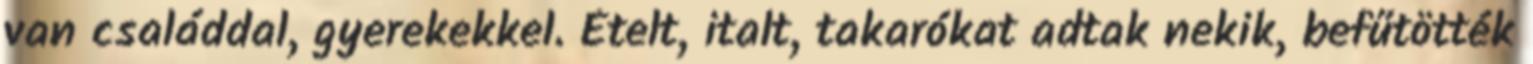
van családdal, gyerekekkel. Ételt, italt, takarókat adtak nekik, befűtötték